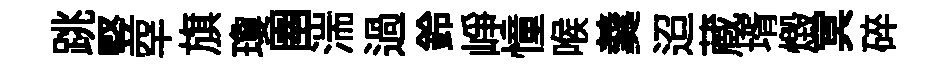
跳竪罕旗瓊圉湍過鈴峥憧喉羹迢蔵壻燬冥碎